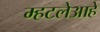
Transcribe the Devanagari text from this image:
म्हटलेआहे